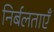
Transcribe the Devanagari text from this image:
निर्बलताएँ